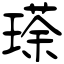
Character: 瑹